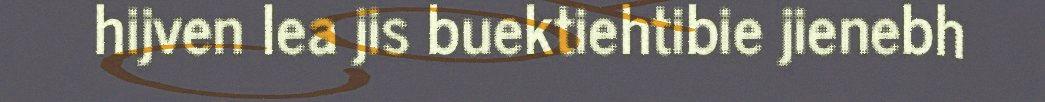
hijven lea jis buektiehtibie jienebh